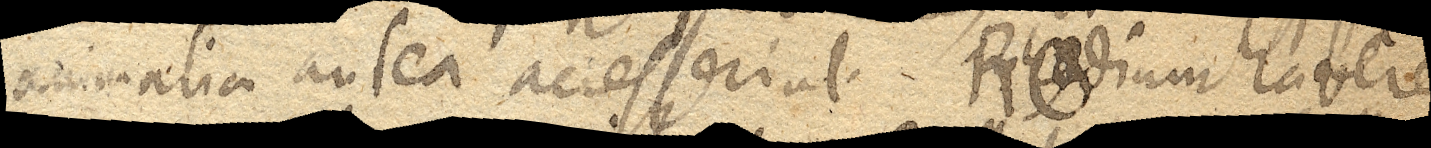
animalia antea accesserint. Redium habere